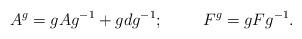
LaTeX: \begin{align*}A^{g}=gAg^{-1}+gdg^{-1};\hspace{1.0cm} F^{g}=gFg^{-1}.\end{align*}